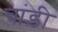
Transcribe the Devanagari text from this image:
चांड़ी